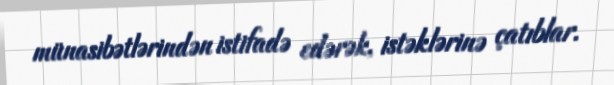
münasibətlərindən istifadə edərək, istəklərinə çatıblar.